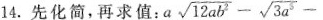
14. 先化简，再求值：$$a \sqrt{ 1 2 a b ^ { 2 } } -